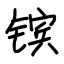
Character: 镔